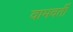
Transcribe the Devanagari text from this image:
वामवर्ती